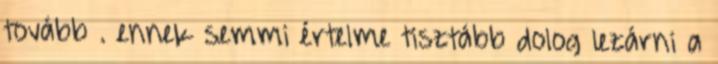
tovább . ennek semmi értelme tisztább dolog lezárni a